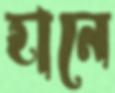
হানে